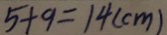
5 + 9 = 1 4 ( c m )